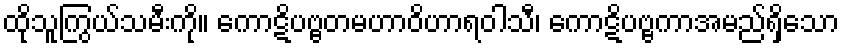
ထိုသူကြွယ်သမီးကို။ ကောဋိပဗ္ဗတမဟာဝိဟာရဝါသီ၊ ကောဋိပဗ္ဗကာအမည်ရှိသော